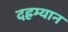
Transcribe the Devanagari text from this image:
दह्रम्यान